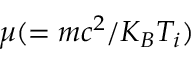
\mu ( = m c ^ { 2 } / K _ { B } T _ { i } )